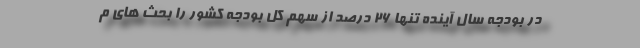
در بودجه سال آینده تنها ۲۶ درصد از سهم کل بودجه کشور را بحث های م